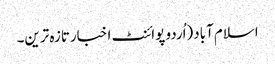
اسلام آباد(اُردو پوائنٹ اخبارتازہ ترین۔